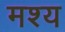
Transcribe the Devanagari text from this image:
मश्य